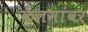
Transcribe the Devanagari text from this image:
कलमांवर